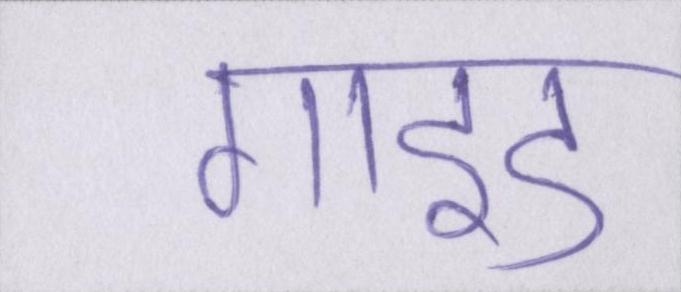
गाइड